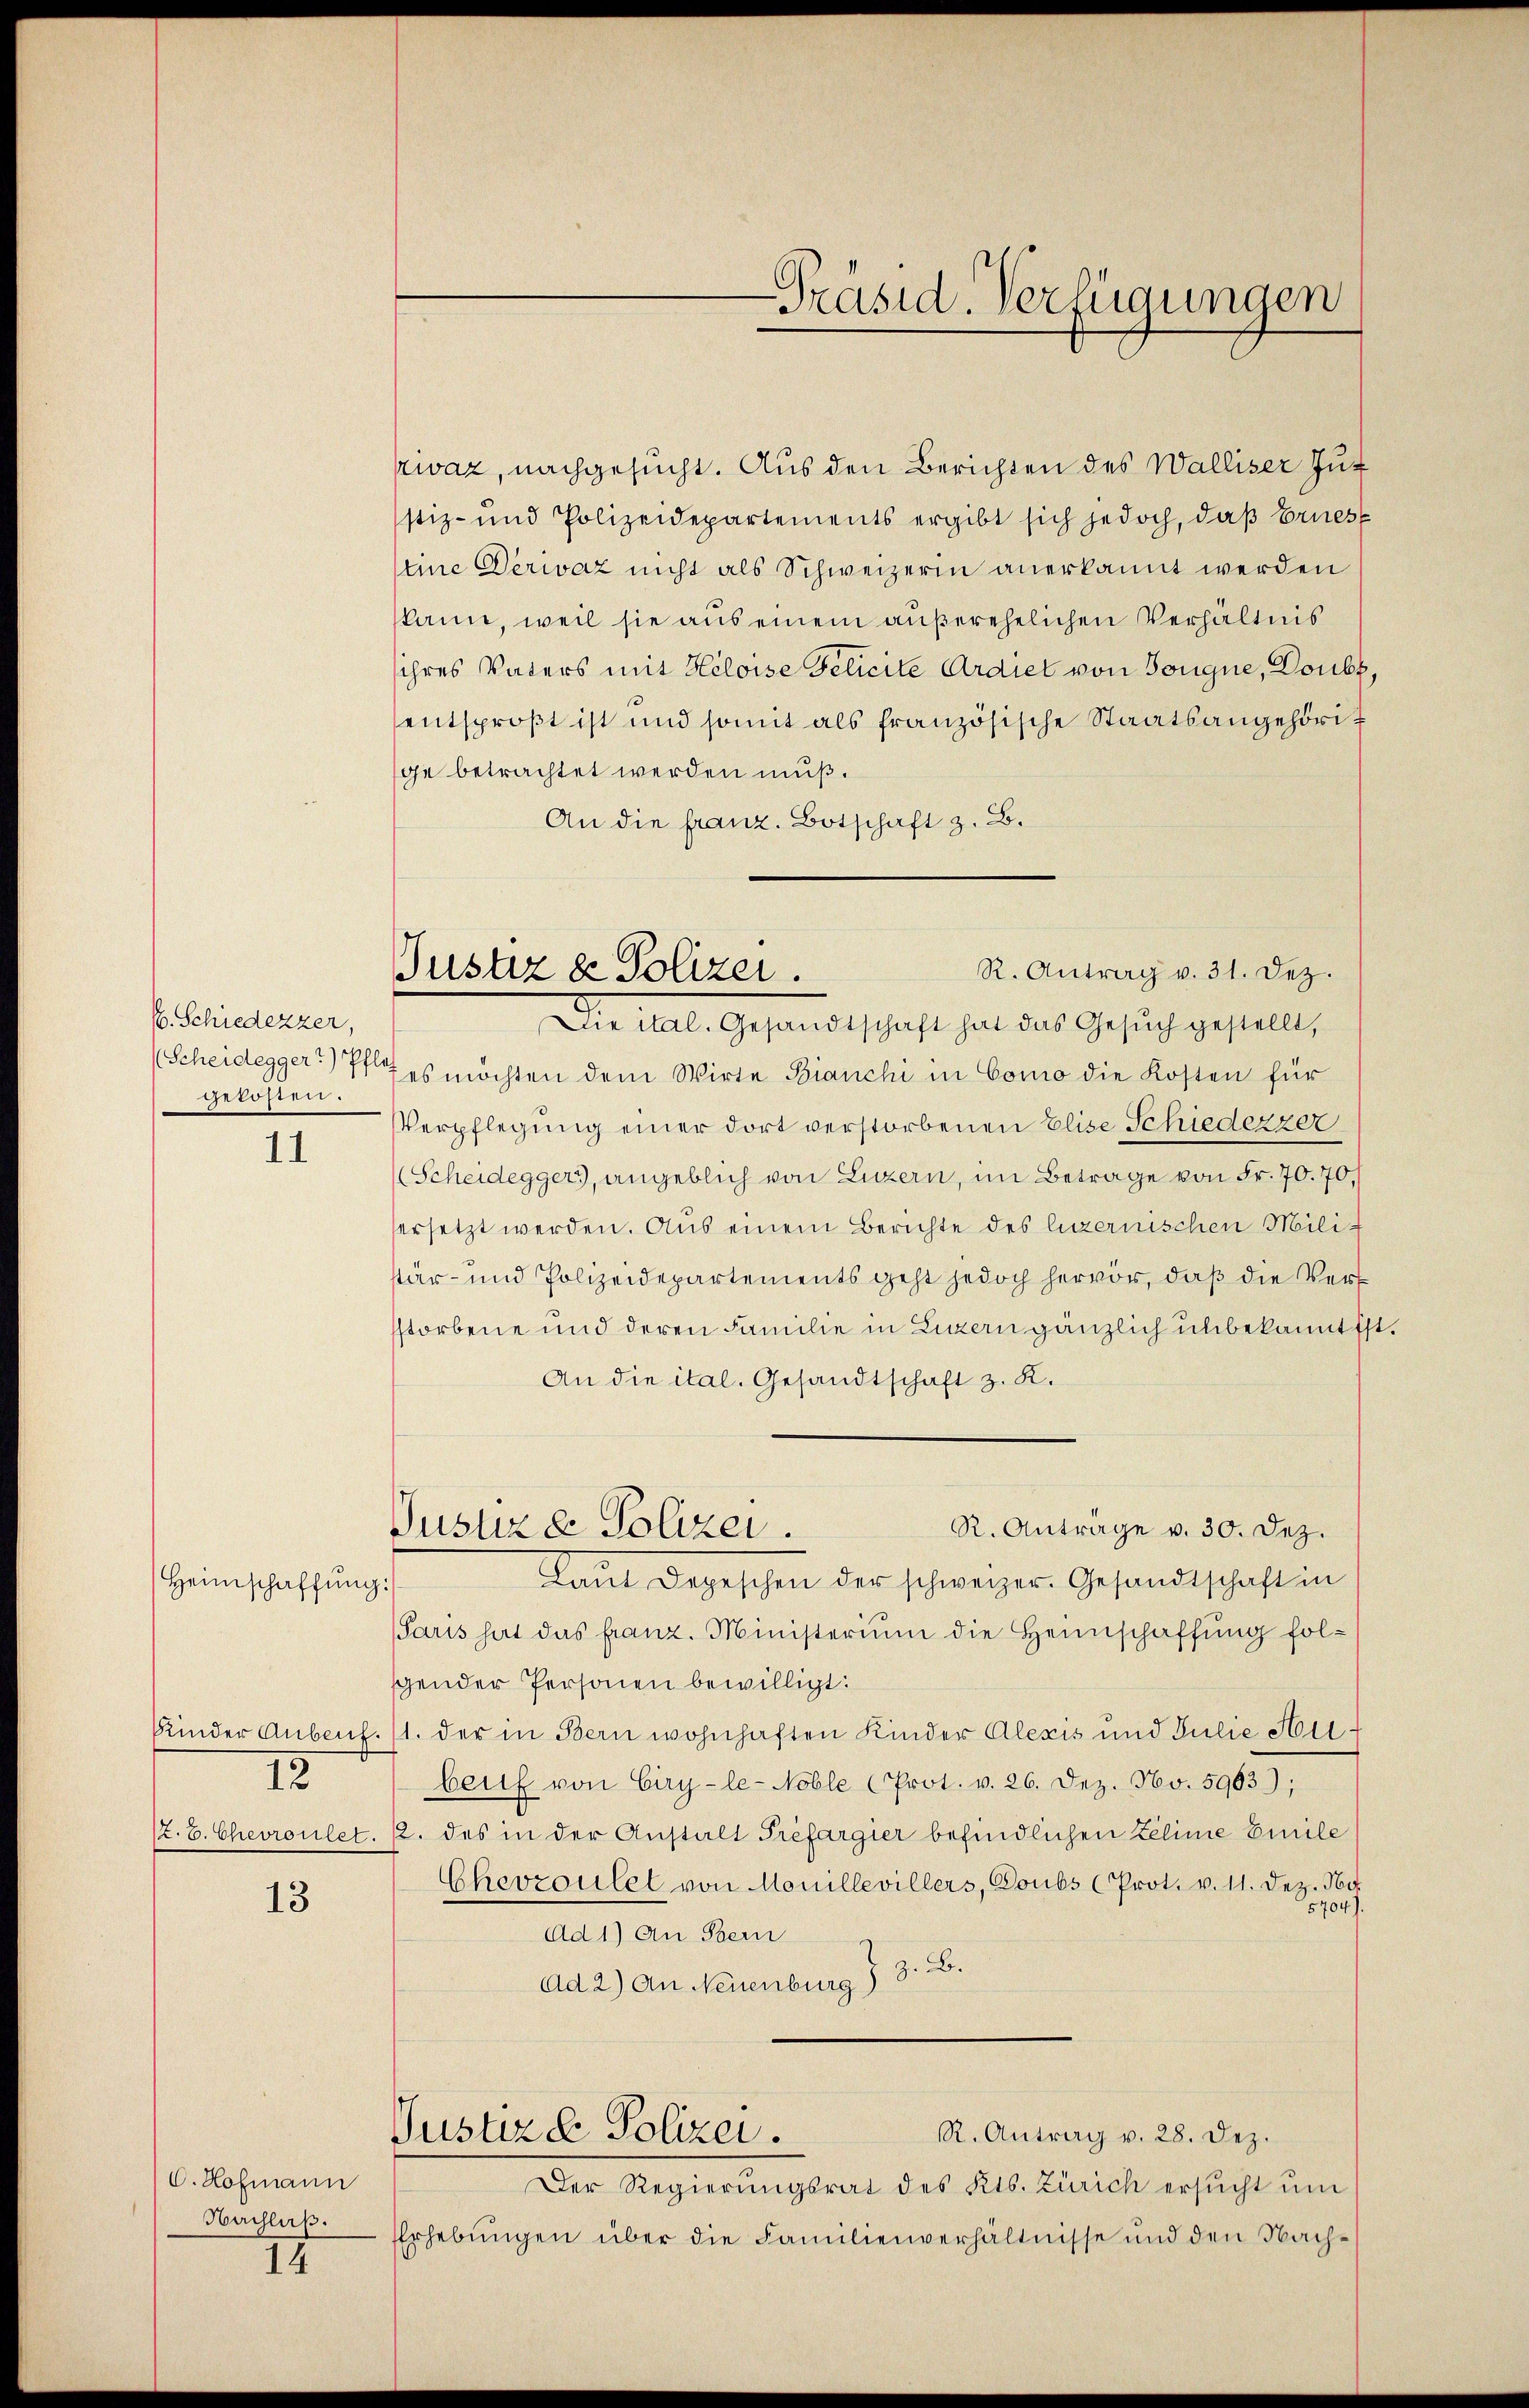
/6. Schiedezzer,
gekosten.

11

Heimschaffung

12

13

O. Hofmann
Nachlaß.

14

ivaz, nachgesucht. Aus den Berichten des Walliser Zuf
stiz- und Polizeidepartements ergibt sich jedoch, daß Ernes
tine Derivaz nicht als Schweizerin anerkannt werden
kann, weil sie aus einem außerehelichen Verhältnis
ihres Vaters mit Heloise Felicite Ardiet von Bougne, Doubz,
entsprost ist und somit als französische Staatsangehörige betrachtet werden muß.
An die franz. Botschaft z. B.
(Scheidegger) es möchten dem Wirte Bianchi in Como die Kosten für
Verpflegung einer dort verstorbenen Elise Schiederzer
(Scheideggers, angeblich von Luzern, im Betrage von Fr. 70. 70,
ersetzt werden. Aus einem Berichte des luzernischen Milistär- und Polizeidepartements geht jedoch hervor, daß die Verstorbene und deren Familie in Luzern gänzlich unbekannt ist
An die ital. Gesandtschaft z. K.
R. Anträge v. 30. Dez.
Justiz & Polizei.
Laŭt Depeschen der schweizer. Gesandtschaft in
Paris hat das franz. Ministerium die Heimschaffung folscender Personen bewilligt:
Kinder Anbenf. (1. der in Bern wohnhaften Kinder Alexis und Julie Heibeit von Ciry-le-Noble (Prot. v. 26. Dez. No. 5963);
(z. B. Chevronlet. 12. des in der Anstalt Trefargier befindlichen Zeline Emile
Chevzoulel von Mouillevillers, Doubs (Prot. v. 11. Dez. No
5704).
Ad 1) an Bern
Ad 2) An Neuenburg) 3. B.
R. Antrag v. 28. Dez.
Justiz & Polizei.
Der Regierungsrat des Kts. Zürich ersŭcht ŭm
Erhebungen über die Familienverhältnisse und den Nach¬

Präsid. Verfügungen

R. Antrag v. 31. Dez.
Justiz & Polizei.
Die Mal. Gesandtschaft hat das Gesuch gestellt,